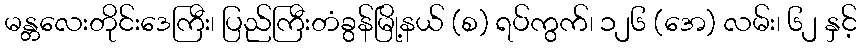
မန္တလေးတိုင်းဒေကြီး၊ ပြည်ကြီးတံခွန်မြို့နယ် (စ) ရပ်ကွက်၊ ၁၂၆ (အေ) လမ်း၊ ၆၂ နှင့်